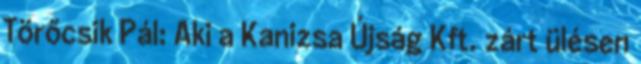
Törőcsik Pál: Aki a Kanizsa Újság Kft. zárt ülésen